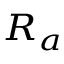
\scriptstyle { R _ { a } }